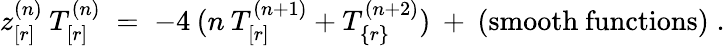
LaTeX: z_{[r]}^{(n)}\: T_{[r]}^{(n)}\; =\; -4\: (n\: T_{[r]}^{(n+1)}+T_{\{ r\} }^{(n+2)})\: +\: {\mathrm{(smooth~functions)}}\; .